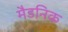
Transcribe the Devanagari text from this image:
मैडनिक